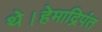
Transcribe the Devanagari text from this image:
थे।हेमाद्रिपंत